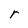
Character: r